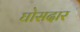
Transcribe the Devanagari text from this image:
घोसदार